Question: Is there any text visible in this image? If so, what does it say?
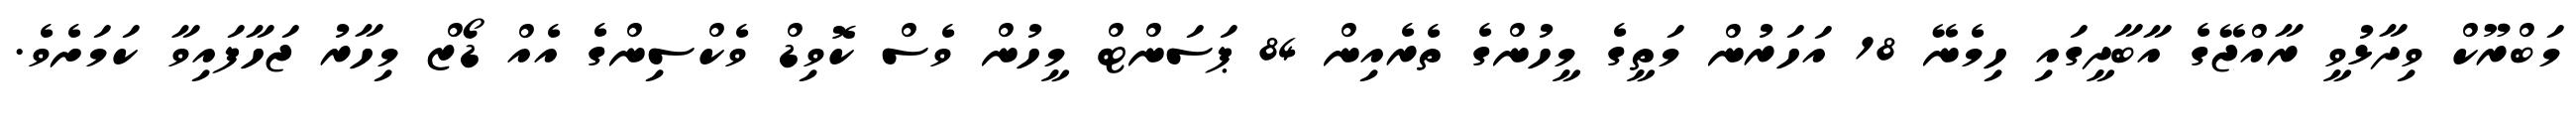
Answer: މަބްރޫކް ވިދާޅުވީ ރާއްޖޭގެ އާބާދީގައި ހިމެނޭ 18 އަހަރުން މަތީގެ މީހުންގެ ތެރެއިން 84 ޕަސަންޓް މީހުން ވެސް ކޮވިޑް ވެކްސިންގެ އެއް ޑޯޒް މިހާރު ޖަހާފައިވާ ކަމަށެވެ.